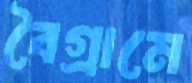
বৈগ্রামে